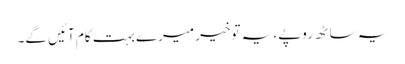
یہ ساٹھ روپے، یہ توخیر میرے بہت کام آئیں گے۔